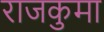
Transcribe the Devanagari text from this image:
राजकुमा